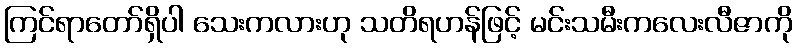
ကြင်ရာတော်ရှိပါ သေးကလားဟု သတိရဟန်ဖြင့် မင်းသမီးကလေးလီဇာကို